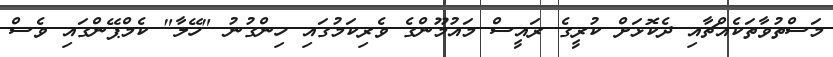
މަސްތުވާތަކެއްޗާއި ދެކޮޅަށް ކުރީގެ ރައީސް މައުމޫންގެ ވެރިކަމުގައި ހިންގުނު "ހޭލާ" ކެމްޕޭންގައި ވެސް